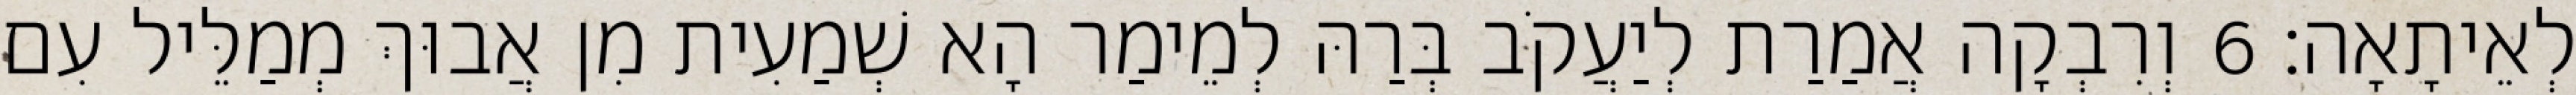
לְאֵיתָאָה׃ 6 וְרִבְקָה אֲמַרַת לְיַעֲקֹב בְּרַהּ לְמֵימַר הָא שְׁמַעִית מִן אֲבוּךְ מְמַלֵּיל עִם